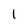
Character: 1